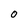
Character: 0